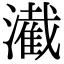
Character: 㵶